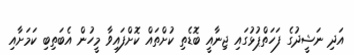
އަދި ނަޝީދުގެ ފަހަތްޕުޅުގައި ޖިނާއީ ބޮޑެތި ކުށްތައް ކޮށްފައިވާ މީހުން އެބަތިބި ކަމަށާއި